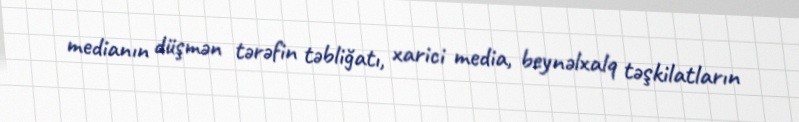
medianın düşmən tərəfin təbliğatı, xarici media, beynəlxalq təşkilatların